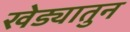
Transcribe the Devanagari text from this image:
खेड्यातुन